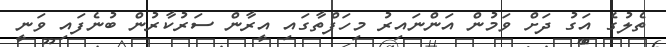
ތެލުގެ އަގު ދަށް ވަމުން އަންނައިރު މިހަފްތާގައި އީރާން ސަރުކާރުން ބުނެފައި ވަނީ